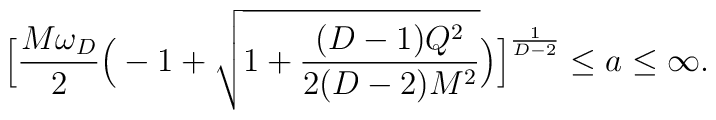
\Big[{M\omega_D\over 2} \Big(-1 + {\sqrt {1 + {(D-1)Q^2 \over{2 (D-2)M^2}}}}\Big) \Big]^{1\over{D-2}} \le a \le \infty.